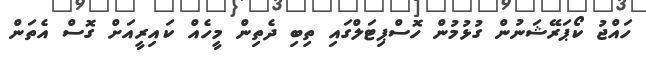
ހައްޖު ކޯޕަރޭޝަނުން ގުޅުމުން ހޮސްޕިޓަލްގައި ތިބި ދެތިން މީހެއް ކައިރީއަށް ގޮސް އެތަން